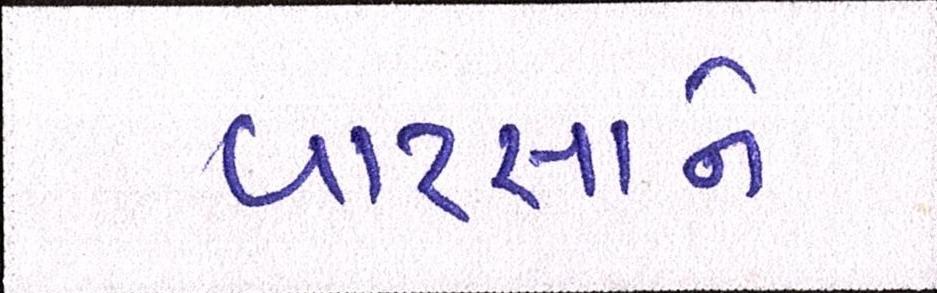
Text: વારસાને